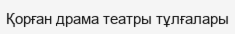
Қорған драма театры тұлғалары